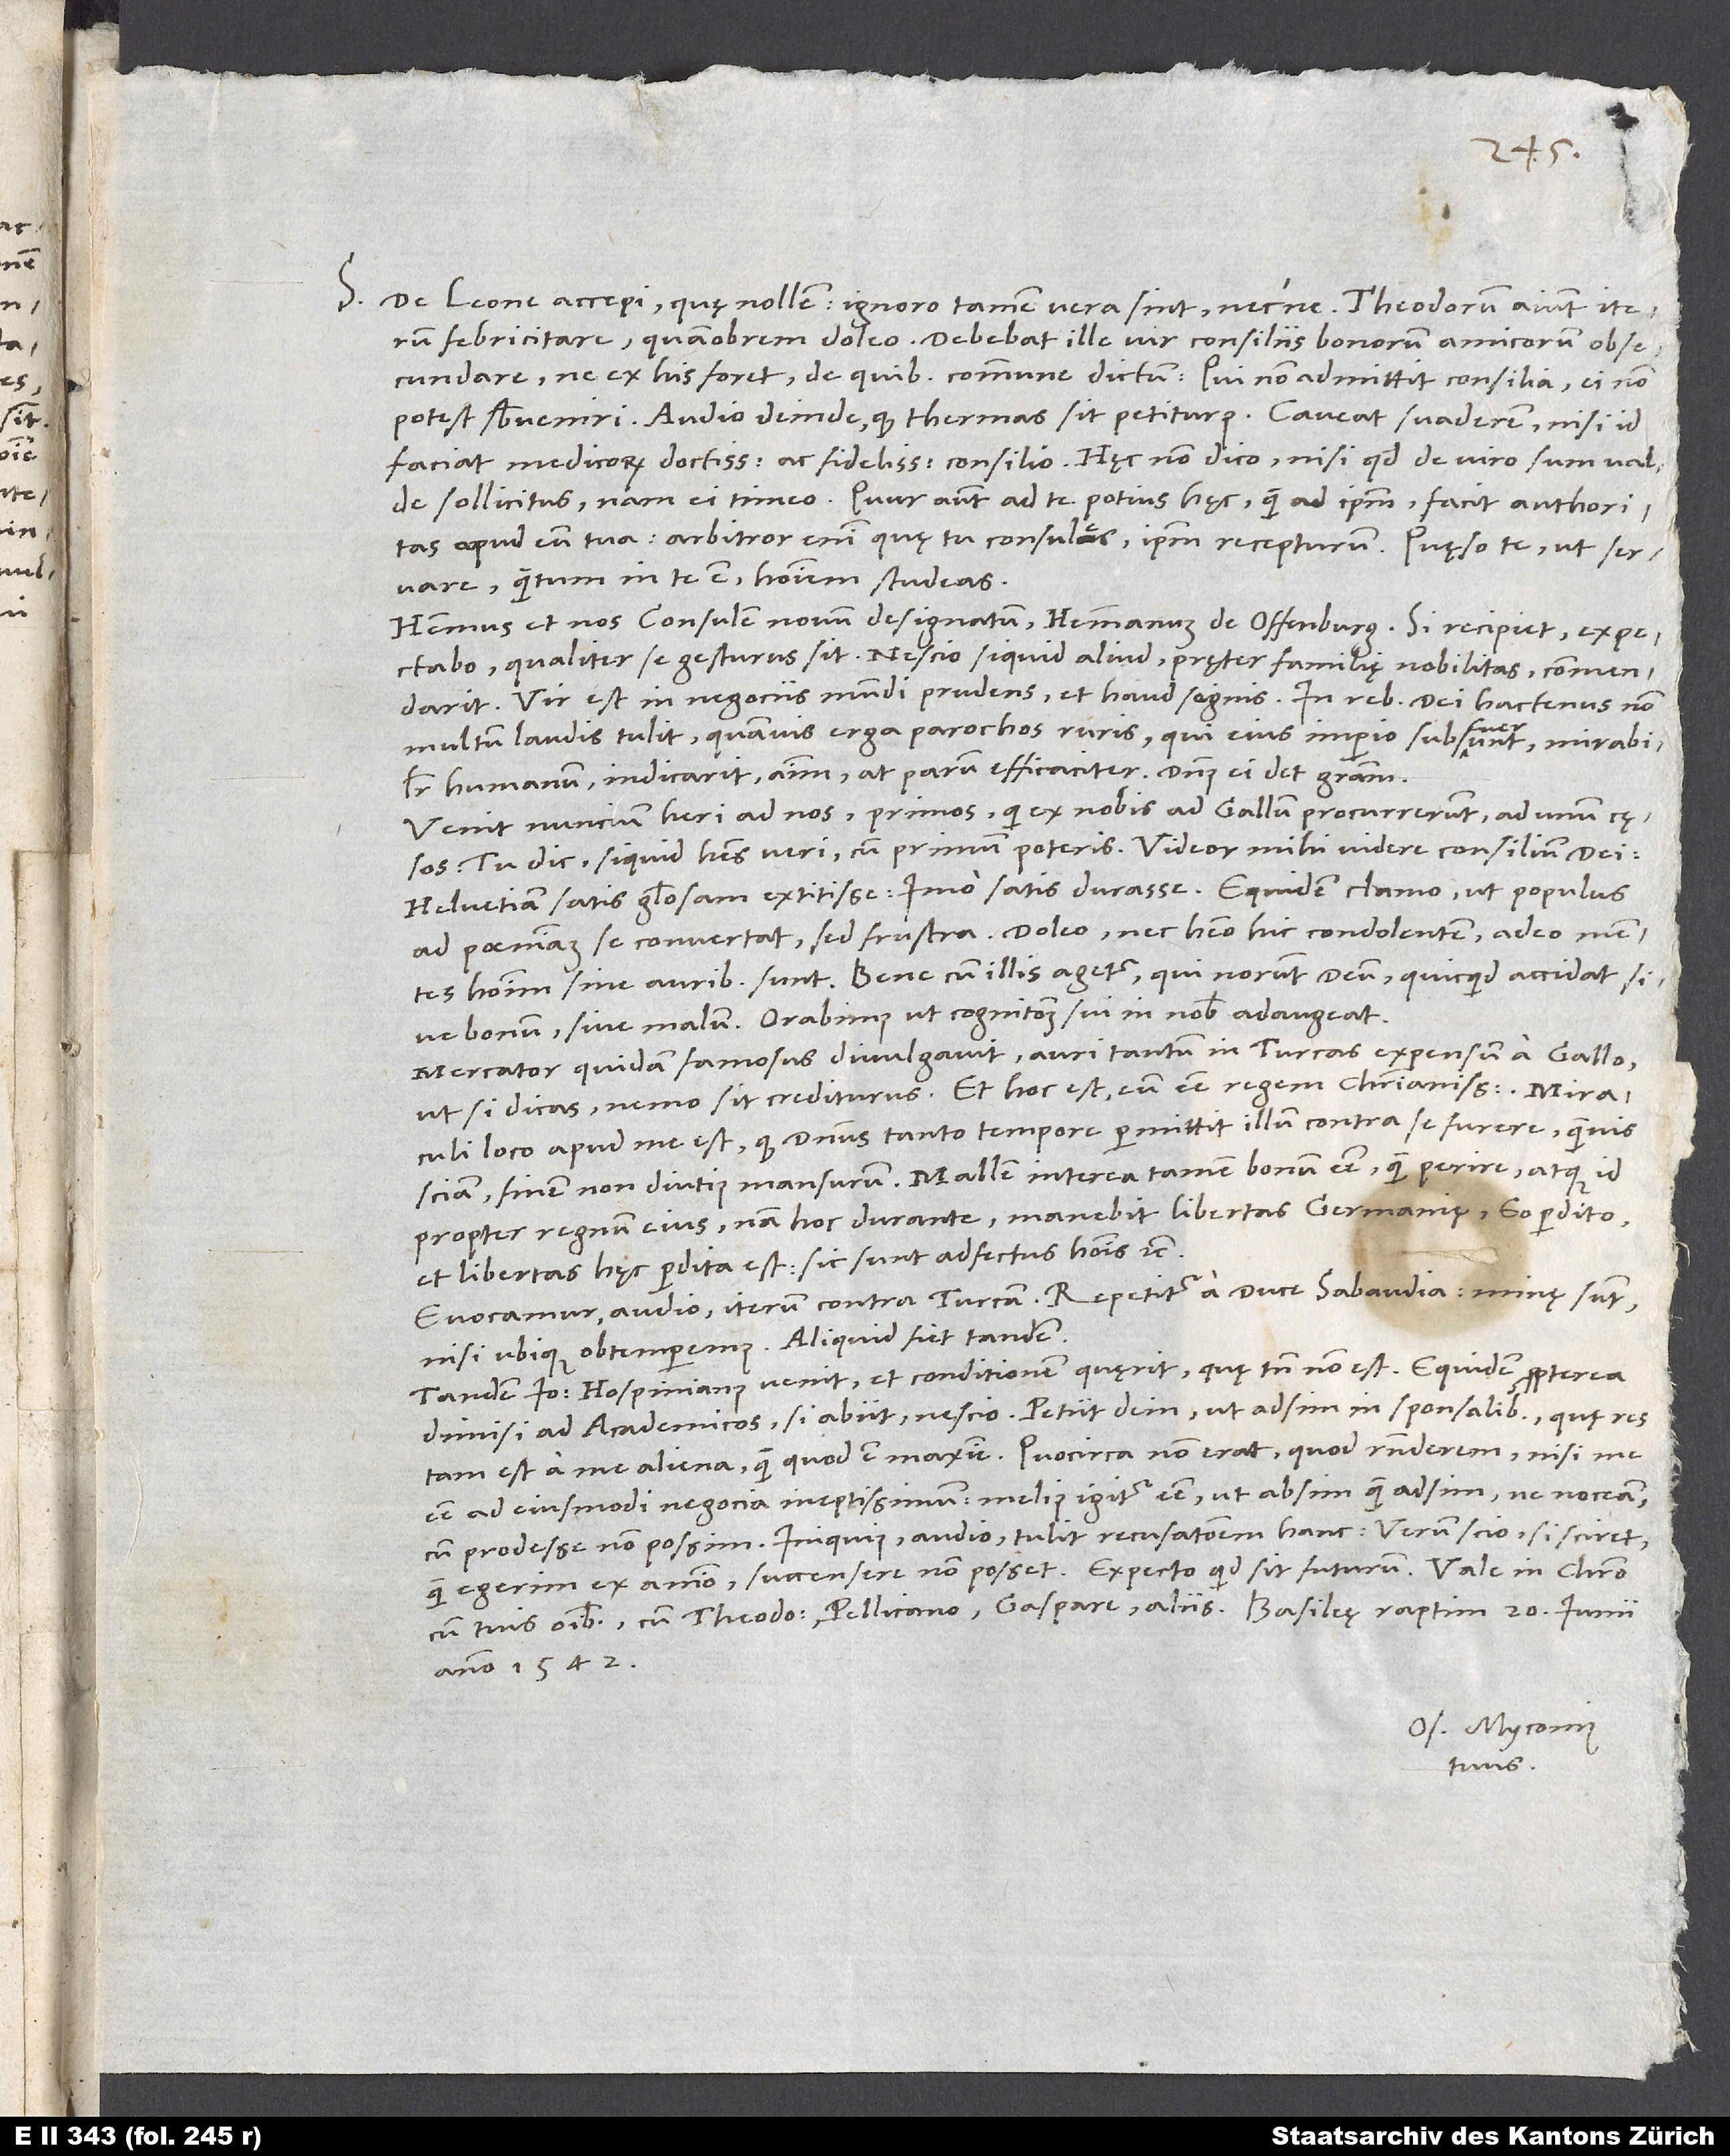
accepi, quę nollem; ignoro tamen, vera sint necne. Theodorum aiunt iterum
febricitare, quamobrem doleo. Debebat ille vir consiliis bonorum amicorum obsecundare,
ne ex his foret, de quibus commune dictum: „Qui non admittit consilia, ei non
potest subveniri.“ Audio deinde, quod thermas sit petiturus; caveat, suaderem, nisi id
faciat medicorum doctissimorum ac fidelissimorum consilio. Hęc non dico, nisi quod de viro sum valde
sollicitus; nam ei timeo. Quur autem ad te potius hęc quam ad ipsum, facit authoritas
apud eum tua; arbitror enim, quę tu consules, ipsum recepturum. Quęso te, ut servare,
quantum in te est, hominem studeas.
Habemus et nos consulem novum designatum, Hemmanum de Offenburg. Si recipiet, expectabo,
qualiter se gesturus sit. Nescio, si quid aliud pręter familię nobilitas commendarit.
Vir est in negociis mundi prudens et haud segnis. In rebus dei hactenus non
multum laudis tulit, quamvis erga parochos ruris, qui eius imperio subfuerunt, mirabiliter
humanum indicarit animum, at parum efficaciter. Dominus ei det gratiam.
Venit nuncium heri ad nos primos, qui ex nobis ad Gallum procurrerunt, ad unum cęsos.
Tu dic, si quid habes veri, cum primum poteris. Videor mihi videre consilium dei:
ad poenitentiam se convertat, sed frustra. Doleo nec habeo hic condolentem, adeo mentes
hominum sine auribus sunt. Bene cum illis agetur, qui norunt deum, quicquid accidat sive
Mercator quidam famosus divulgavit auri tantum in Turcas expensum a Gallo,
ut, si dicas, nemo sit crediturus. Et hoc est eum esse regem christianissimum! Miraculi
loco apud me est, quod dominus tanto tempore permittit illum contra se furere, quamvis
propter regnum eius; nam hoc durante manebit libertas Germanię, eo perdito
et libertas hęc perdita est. Sic sunt adfectus hominis etc.
Evocamur, audio, iterum contra Turcam. Repetitur a duce Sabaudia; minę sunt,
nisi ubique obtemperemus. Aliquid fiet tandem.
Tandem Io Hospinianus venit et conditionem quęrit, quę tamen non est. Equidem propterea
dimisi ad academicos; si abiit, nescio. Petiit dein, ut adsim in sponsalibus, quę res
tam est a me aliena, quam quod est maxime. Quocirca non erat, quod responderem, nisi me
esse ad eiusmodi negocia ineptissimum; melius igitur esse, ut absim quam adsim, ne noceam,
cum prodesse non possim. Iniquius, audio, tulit recusationem hanc; verum scio, si sciret,
quam egerim ex animo, succensere non posset. Expecto, quid sit futurum.
anno 1542.
Os. Myconius
tuus.